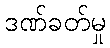
ဒဏ်ခတ်မှု